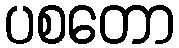
ပစတော